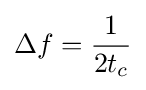
\Delta f={\frac {1}{2t_{c}}}